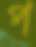
প